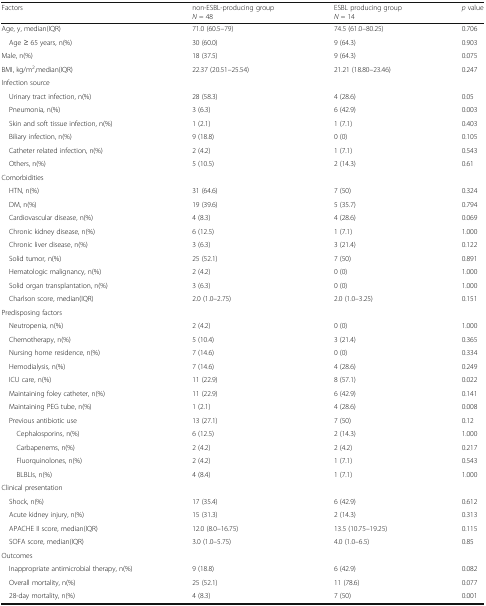
<table><thead><tr><td><b>Factors</b></td><td><b>non-ESBL-producing group<i>N</i> = 48</b></td><td><b>ESBL producing group<i>N</i> = 14</b></td><td><b><i>p</i> value</b></td></tr></thead><tbody><tr><td>Age, y, median(IQR)</td><td>71.0 (60.5–79)</td><td>74.5 (61.0–80.25)</td><td>0.706</td></tr><tr><td> Age ≥ 65 years, n(%)</td><td>30 (60.0)</td><td>9 (64.3)</td><td>0.903</td></tr><tr><td>Male, n(%)</td><td>18 (37.5)</td><td>9 (64.3)</td><td>0.075</td></tr><tr><td>BMI, kg/m<sup>2</sup>,median(IQR)</td><td>22.37 (20.51–25.54)</td><td>21.21 (18.80–23.46)</td><td>0.247</td></tr><tr><td colspan="4">Infection source</td></tr><tr><td> Urinary tract infection, n(%)</td><td>28 (58.3)</td><td>4 (28.6)</td><td>0.05</td></tr><tr><td> Pneumonia, n(%)</td><td>3 (6.3)</td><td>6 (42.9)</td><td>0.003</td></tr><tr><td> Skin and soft tissue infection, n(%)</td><td>1 (2.1)</td><td>1 (7.1)</td><td>0.403</td></tr><tr><td> Biliary infection, n(%)</td><td>9 (18.8)</td><td>0 (0)</td><td>0.105</td></tr><tr><td> Catheter related infection, n(%)</td><td>2 (4.2)</td><td>1 (7.1)</td><td>0.543</td></tr><tr><td> Others, n(%)</td><td>5 (10.5)</td><td>2 (14.3)</td><td>0.61</td></tr><tr><td colspan="4">Comorbidities</td></tr><tr><td> HTN, n(%)</td><td>31 (64.6)</td><td>7 (50)</td><td>0.324</td></tr><tr><td> DM, n(%)</td><td>19 (39.6)</td><td>5 (35.7)</td><td>0.794</td></tr><tr><td> Cardiovascular disease, n(%)</td><td>4 (8.3)</td><td>4 (28.6)</td><td>0.069</td></tr><tr><td> Chronic kidney disease, n(%)</td><td>6 (12.5)</td><td>1 (7.1)</td><td>1.000</td></tr><tr><td> Chronic liver disease, n(%)</td><td>3 (6.3)</td><td>3 (21.4)</td><td>0.122</td></tr><tr><td> Solid tumor, n(%)</td><td>25 (52.1)</td><td>7 (50)</td><td>0.891</td></tr><tr><td> Hematologic malignancy, n(%)</td><td>2 (4.2)</td><td>0 (0)</td><td>1.000</td></tr><tr><td> Solid organ transplantation, n(%)</td><td>3 (6.3)</td><td>0 (0)</td><td>1.000</td></tr><tr><td> Charlson score, median(IQR)</td><td>2.0 (1.0–2.75)</td><td>2.0 (1.0–3.25)</td><td>0.151</td></tr><tr><td colspan="4">Predisposing factors</td></tr><tr><td> Neutropenia, n(%)</td><td>2 (4.2)</td><td>0 (0)</td><td>1.000</td></tr><tr><td> Chemotherapy, n(%)</td><td>5 (10.4)</td><td>3 (21.4)</td><td>0.365</td></tr><tr><td> Nursing home residence, n(%)</td><td>7 (14.6)</td><td>0 (0)</td><td>0.334</td></tr><tr><td> Hemodialysis, n(%)</td><td>7 (14.6)</td><td>4 (28.6)</td><td>0.249</td></tr><tr><td> ICU care, n(%)</td><td>11 (22.9)</td><td>8 (57.1)</td><td>0.022</td></tr><tr><td> Maintaining foley catheter, n(%)</td><td>11 (22.9)</td><td>6 (42.9)</td><td>0.141</td></tr><tr><td> Maintaining PEG tube, n(%)</td><td>1 (2.1)</td><td>4 (28.6)</td><td>0.008</td></tr><tr><td> Previous antibiotic use</td><td>13 (27.1)</td><td>7 (50)</td><td>0.12</td></tr><tr><td>Cephalosporins, n(%)</td><td>6 (12.5)</td><td>2 (14.3)</td><td>1.000</td></tr><tr><td>Carbapenems, n(%)</td><td>2 (4.2)</td><td>2 (4.2)</td><td>0.217</td></tr><tr><td>Fluorquinolones, n(%)</td><td>2 (4.2)</td><td>1 (7.1)</td><td>0.543</td></tr><tr><td>BLBLIs, n(%)</td><td>4 (8.4)</td><td>1 (7.1)</td><td>1.000</td></tr><tr><td colspan="4">Clinical presentation</td></tr><tr><td> Shock, n(%)</td><td>17 (35.4)</td><td>6 (42.9)</td><td>0.612</td></tr><tr><td> Acute kidney injury, n(%)</td><td>15 (31.3)</td><td>2 (14.3)</td><td>0.313</td></tr><tr><td> APACHE II score, median(IQR)</td><td>12.0 (8.0–16.75)</td><td>13.5 (10.75–19.25)</td><td>0.115</td></tr><tr><td> SOFA score, median(IQR)</td><td>3.0 (1.0–5.75)</td><td>4.0 (1.0–6.5)</td><td>0.85</td></tr><tr><td colspan="4">Outcomes</td></tr><tr><td> Inappropriate antimicrobial therapy, n(%)</td><td>9 (18.8)</td><td>6 (42.9)</td><td>0.082</td></tr><tr><td> Overall mortality, n(%)</td><td>25 (52.1)</td><td>11 (78.6)</td><td>0.077</td></tr><tr><td> 28-day mortality, n(%)</td><td>4 (8.3)</td><td>7 (50)</td><td>0.001</td></tr></tbody></table>